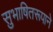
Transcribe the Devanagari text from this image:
सुभाषितरूपाने